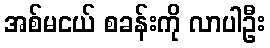
အစ်မငယ် စခန်းကို လာပါဦး